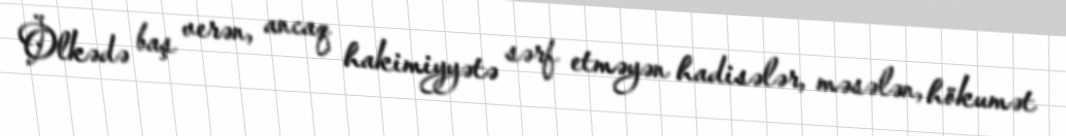
Ölkədə baş verən, ancaq hakimiyyətə sərf etməyən hadisələr, məsələn, hökumət